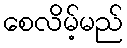
စေလိမ့်မည်